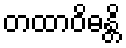
တထာဝိဓန္တိ